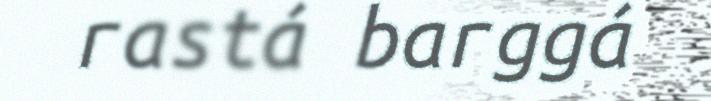
rastá barggá